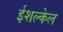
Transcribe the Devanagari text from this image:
ईशल्केल